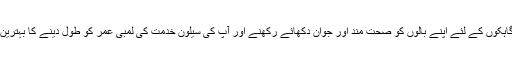
یہ آپ کے گاہکوں کے لئے اپنے بالوں کو صحت مند اور جوان دکھائے رکھنے اور آپ کی سیلون خدمت کی لمبی عمر کو طول دینے کا بہترین طریقہ ہے۔